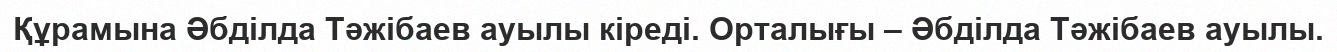
Құрамына Әбділда Тәжібаев ауылы кіреді. Орталығы – Әбділда Тәжібаев ауылы.